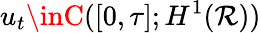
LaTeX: u_{t}\inC([0,\tau];H^{1}(\mathcal{R}))